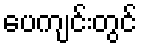
ပေကျင်းတွင်